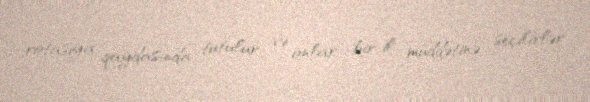
rotasiya qaydasında tutulur və onlar bir il müddətinə seçilirlər.